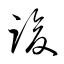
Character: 竣